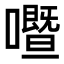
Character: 𡃢